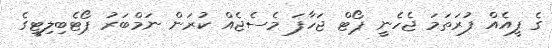
ގެ ފީއެއް ފުރަތަމަ ޖެހެނީ ޕޯޓް ޖަހާފަ މެސެޖެއް ކުރަން ނަމްބަރު ޕޯޓެބިލިޓީގެ